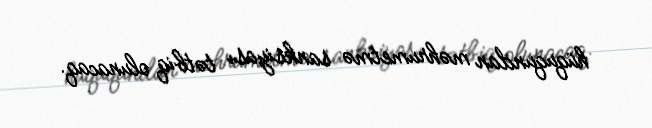
hüququndan məhrumetmə sanksiyası tətbiq olunacaq.